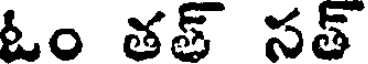
ఓం తత్ సత్